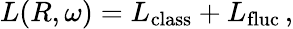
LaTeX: L(R,\omega)=L_{\mathrm{class}}+L_{\mathrm{fluc}}\, ,